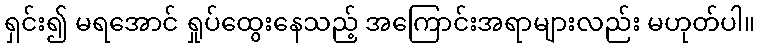
ရှင်း၍ မရအောင် ရှုပ်ထွေးနေသည့် အကြောင်းအရာများလည်း မဟုတ်ပါ။